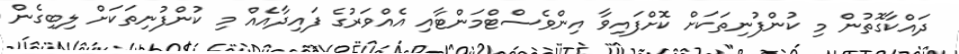
ދައްކާގޮތުން މި ކުންފުނިތަކަށް ކޮށްފައިވާ އިންވެސްޓްމަންޓާއި އެއްވަރުގެ ފައިދާއެއް މި ކުންފުނިތަކަށް ލިބިގެން